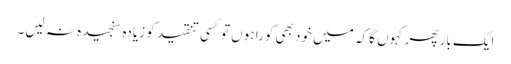
ایک بار پھر کہوں گا کہ میں خود بھی کورا ہوں تو کسی تنقید کو زیادہ سنجیدہ نہ لیں۔